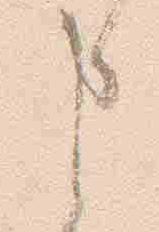
申